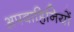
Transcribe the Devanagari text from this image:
अपवाहिनियों